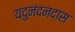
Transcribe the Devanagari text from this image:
यदुनंदनदास